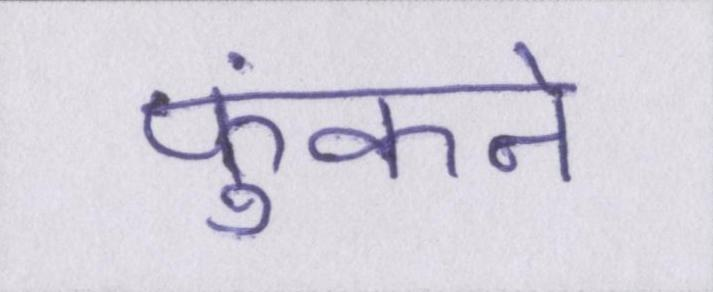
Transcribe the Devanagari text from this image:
फुंकने